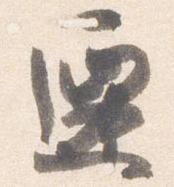
遷